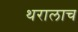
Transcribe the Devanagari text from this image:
थरालाच